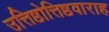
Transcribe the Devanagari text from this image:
उत्तिष्ठोत्तिष्ठवाराह